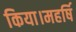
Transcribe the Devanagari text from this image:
किया।महर्षि